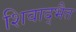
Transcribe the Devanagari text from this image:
शिवाद्भैत